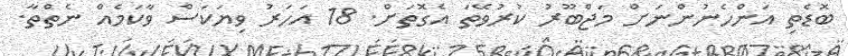
ބޮޑެތި އަންހެނުންނަށް މަޖްބޫރު ކުރުވޭތަ އެގޮތަށް. 18 އަހަރު ވިޔަކަސް ވާކަމެއް ނެތްތާ.